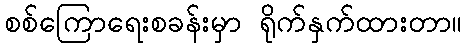
စစ်ကြောရေးစခန်းမှာ ရိုက်နှက်ထားတာ။